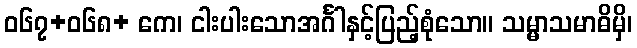
ဝ၆၇+၀၆၈+ ကေ၊ ငါးပါးသောအင်္ဂါနှင့်ပြည့်စုံသော။ သမ္မာသမာဓိမှိ၊